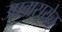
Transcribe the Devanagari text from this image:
उपवासयेत्